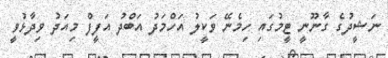
ނަޝީދުގެ ގާނޫނީ ޓީމުގައި ހިމެނޭ ވަކީލު އަހްމަދު އަބްދު އަފީފް މިއަދު ވިދާޅުވީ